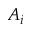
A _ { i }